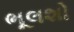
ભૂલશો